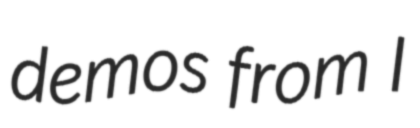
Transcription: demos from I